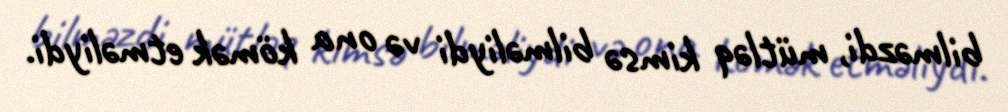
bilməzdi, mütləq kimsə bilməliydi və ona kömək etməliydi.